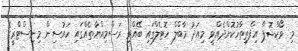
މި ވޯކްޝޮޕް އިފްތިތާހުކޮށްދެއްވީ މިއަދު މާބްލް ހޮޓެލްގައި ބޭއްވި ރަސްމިއްޔާތެއްގައި ހައުސިން މިނިސްޓްރީގެ